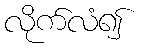
လိုက်လံ၍